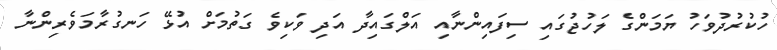
ހުކުރުދުވަހު ޔަމަންގެ ލަހުޖުގައި ސިފައިންނާއި އަލްގައިދާ އަދި ވަކިވެ ގަތުމަށް އުޅޭ ހަނގުރާމަވެރިންނާ